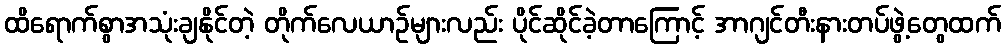
ထိရောက်စွာအသုံးချနိုင်တဲ့ တိုက်လေယာဉ်များလည်း ပိုင်ဆိုင်ခဲ့တာကြောင့် အာဂျင်တီးနားတပ်ဖွဲ့တွေထက်